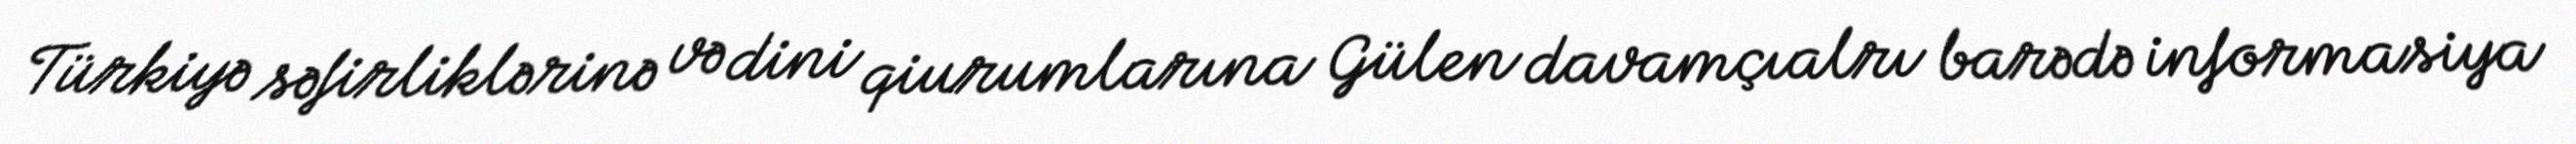
Türkiyə səfirliklərinə və dini qiurumlarına Gülen davamçıalrı barədə informasiya